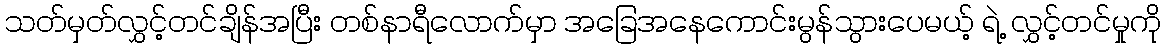
သတ်မှတ်လွှင့်တင်ချိန်အပြီး တစ်နာရီလောက်မှာ အခြေအနေကောင်းမွန်သွားပေမယ့် ရဲ့ လွှင့်တင်မှုကို